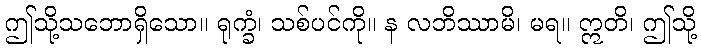
ဤသို့သဘောရှိသော။ ရုက္ခံ၊ သစ်ပင်ကို။ န လဘိဿာမိ၊ မရ။ ဣတိ၊ ဤသို့